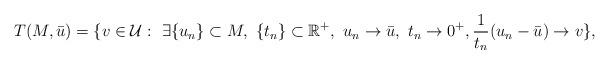
LaTeX: \begin{align*}T(M, \bar{u}) = \{v\in \mathcal{U}:\ \exists \{u_n\}\subset M,\ \{t_n\}\subset \mathbb{R}^+,\ u_n \rightarrow \bar{u}, \ t_n\rightarrow 0^+, \frac{1}{t_n}(u_n - \bar{u})\rightarrow v\},\end{align*}